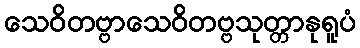
သေဝိတဗ္ဗာသေဝိတဗ္ဗသုတ္တာနုရူပံ